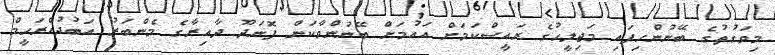
މިވަގުތުގެ ބޭނުންހިފައި މަޖިލީހުގެ ރައީސްކަމަށް އައުމަށް ބޭނުންވާކަން ފޮނަދޫ ދާއިރާގެ މެންބަރު އަބުދުއްރަހީމް